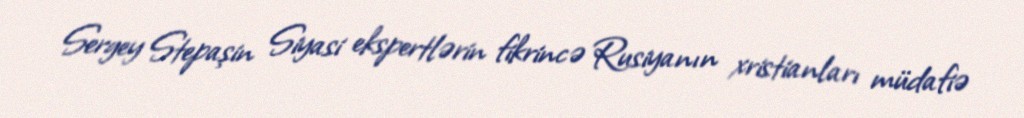
Sergey Stepaşin Siyasi ekspertlərin fikrincə Rusiyanın xristianları müdafiə